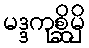
မဒ္ဒကုစ္ဆိမှိ